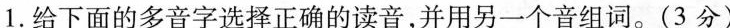
1. 给下面的多音字选择正确的读音，并用另一个音组词。（3分）